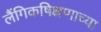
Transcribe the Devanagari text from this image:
लैंगिकषिक्षणाच्या